Tezpur Lunatic Asylum reports 1877-1894 - 1877-1894
Year: 1877
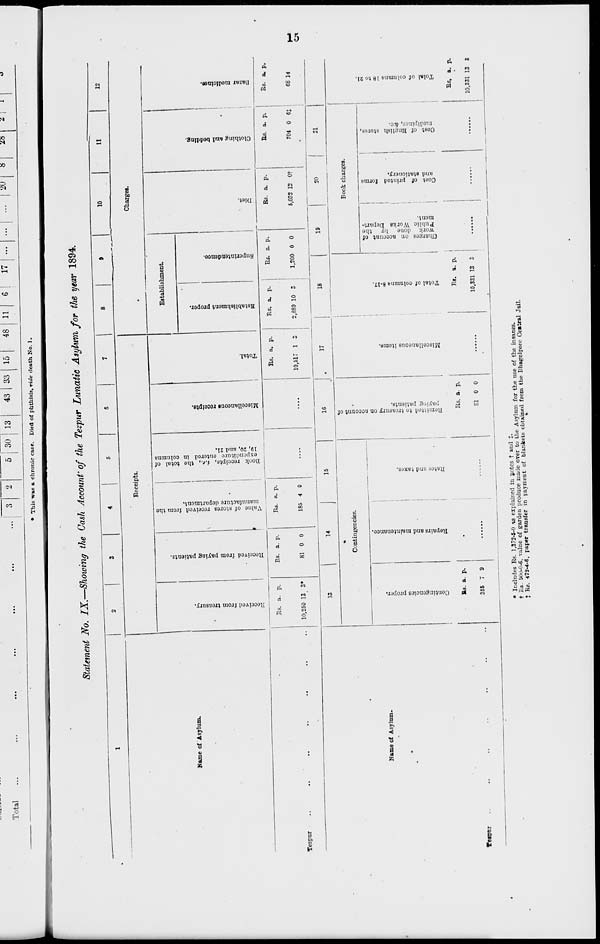
•
►3
er
os
4
p
M
to
P
o
O
1
I
n, n
o
o
9X